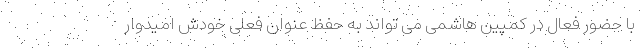
با حضور فعال در کمپین هاشمی می تواند به حفظ عنوان فعلی خودش امیدوار